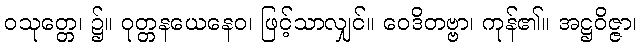
ဝသုတ္တေ၊ ၌။ ဝုတ္တနယေနေဝ၊ ဖြင့်သာလျှင်။ ဝေဒိတဗ္ဗာ၊ ကုန်၏။ အဋ္ဌဝိဇ္ဇာ၊